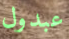
عبدول